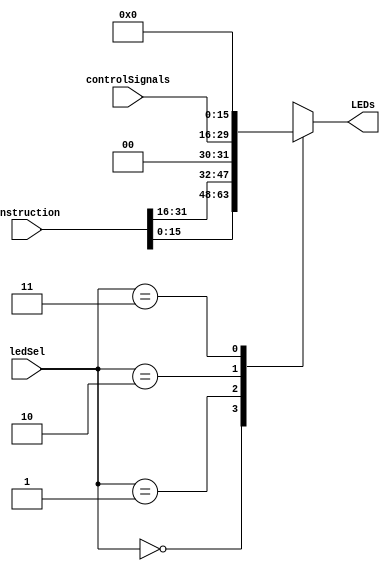
`timescale 1ns / 1ps
//////////////////////////////////////////////////////////////////////////////////
// Company: 
// Engineer: 
// 
// Design Name: 
// Module Name: LEDsPort
// Project Name: 
// Target Devices: 
// Tool Versions: 
// Description: 
// 
// Dependencies: 
// 
// Revision:
// Revision 0.01 - File Created
// Additional Comments:
// 
//////////////////////////////////////////////////////////////////////////////////


module LEDsPort(input [31:0]instruction, input [13:0] controlSignals,input [1:0]ledSel, output reg[15:0] LEDs);
        
    always @(*)begin
        case (ledSel) 
            2'b00: LEDs= instruction[15:0];
            2'b01: LEDs= instruction[31:16];
            2'b10: LEDs= {2'b00,controlSignals};
            2'b11: LEDs= 16'b0;
        endcase
             
    end
   endmodule